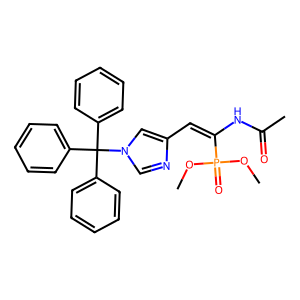
SMILES: COP(=O)(OC)C(=Cc1cn(C(c2ccccc2)(c2ccccc2)c2ccccc2)cn1)NC(C)=O
Inhibits HIV replication: No